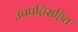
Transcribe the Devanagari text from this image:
उपपत्तिसहित